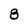
Character: 8